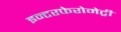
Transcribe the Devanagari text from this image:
इन्टरफेरोमेट्री